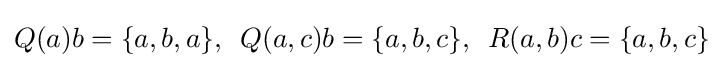
Q(a)b=\{a,b,a\},\,\,\,Q(a,c)b=\{a,b,c\},\,\,\,R(a,b)c=\{a,b,c\}